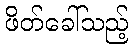
ဖိတ်ခေါ်သည့်